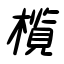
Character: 欖